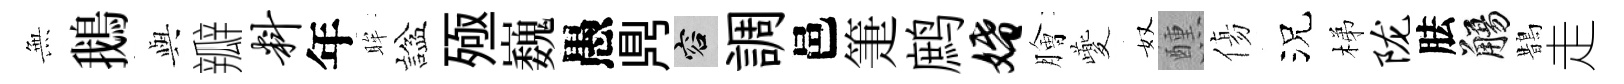
𭴾鵝𫤰瓣料年眸諡殛巍愚𪔂容調邑箑鹧婚膾夔奴醺傷況梯陇胠觴鵲走